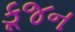
કૂજન